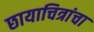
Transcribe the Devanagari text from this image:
छायाचित्रांचा